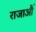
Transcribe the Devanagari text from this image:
राजाऔं